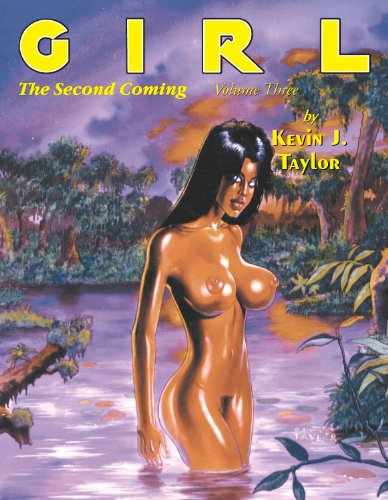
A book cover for Girl: The Second Coming - Vol. 3; Kevin J. Taylor; Comics & Graphic Novels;